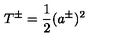
T ^ { \pm } = \frac { 1 } { 2 } ( a ^ { \pm } ) ^ { 2 }